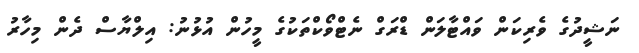
ނަޝީދުގެ ވެރިކަން ވައްޓާލަން ޑްރަގް ނެޓްވޯކްތަކުގެ މީހުން އުޅުނު: އިލްޔާސް ދެން މިހާރު